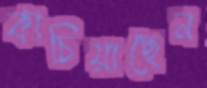
কাচিয়াছেন